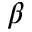
\beta